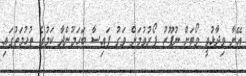
އޭނާ ވިދާޅުވީ ވޯޓަށް ނުފޫޒު ފޯރުވުމަށް ވަގު ފައިސާ ބަހަމުންދާ ކަމުގެ ތުހުމަތުގައި